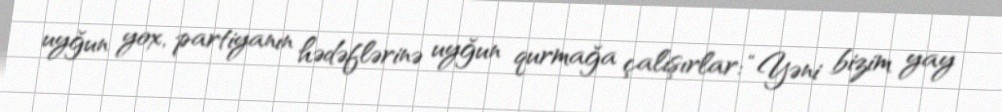
uyğun yox, partiyanın hədəflərinə uyğun qurmağa çalışırlar: “Yəni bizim yay